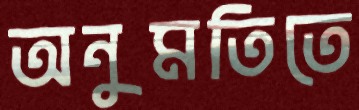
অনুমতিতে